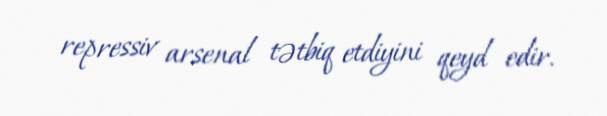
repressiv arsenal tətbiq etdiyini qeyd edir.